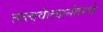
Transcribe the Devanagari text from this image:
तत्त्ववेत्त्यानंतरचे